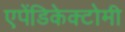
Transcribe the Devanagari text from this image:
एपेंडिकेक्टोमी